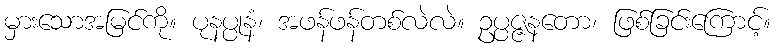
မှားသောအမြင်ကို။ ပုနပ္ပုနံ၊ အဖန်ဖန်တစ်လဲလဲ။ ဥပ္ပဇ္ဇနတော၊ ဖြစ်ခြင်းကြောင့်။